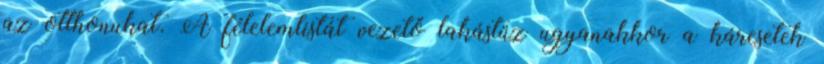
az otthonukat. A félelemlistát vezető lakástűz ugyanakkor a káresetek